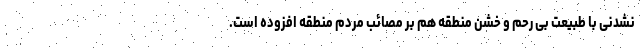
نشدنی با طبیعت بی رحم و خشن منطقه هم بر مصائب مردم منطقه افزوده است.